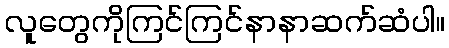
လူတွေကိုကြင်ကြင်နာနာဆက်ဆံပါ။